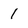
Character: 1